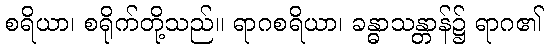
စရိယာ၊ စရိုက်တို့သည်။ ရာဂစရိယာ၊ ခန္ဓာသန္တာန်၌ ရာဂ၏